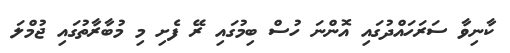
ކާނިވާ ސަރަހައްދުގައި އޮންނަ ހުސް ބިމުގައި ރޭ ފެށި މި މުބާރާތުގައި ޖުމްލަ